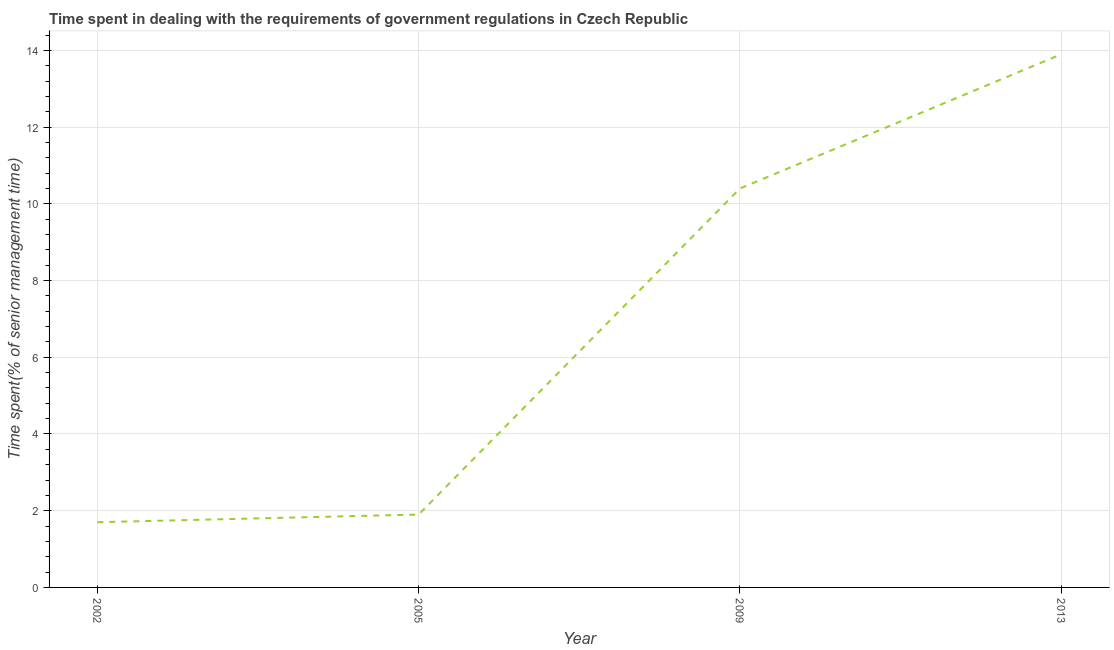
| Year | Government regulations |
 | --- | --- |
 | 2002 | 1.7 |
 | 2005 | 1.9 |
 | 2009 | 10.4 |
 | 2013 | 13.9 |